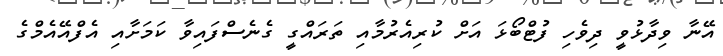
އޭނާ ވިދާޅުވީ ދިވެހި ފުޓްބޯޅަ އަށް ކުރިއެރުމާއި ތަރައްގީ ގެނެސްފައިވާ ކަމަށާއި އެފްއޭއެމްގެ